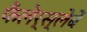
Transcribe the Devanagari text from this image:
फैलेर्स्लेबें